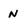
Character: N